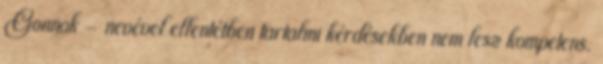
Gonnok - nevével ellentétben tartalmi kérdésekben nem lesz kompetens.